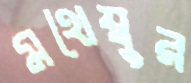
মথেম্বুর